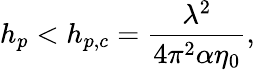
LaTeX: h_{p}<h_{p,c}=\frac{\lambda^{2}}{4\pi^{2}\alpha\eta_{0}},